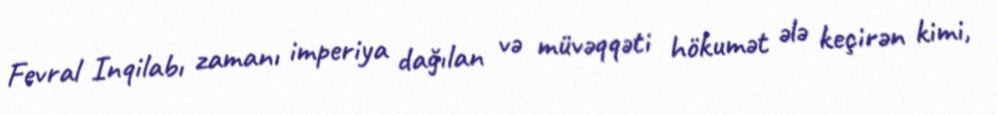
Fevral Inqilabı zamanı imperiya dağılan və müvəqqəti hökumət ələ keçirən kimi,